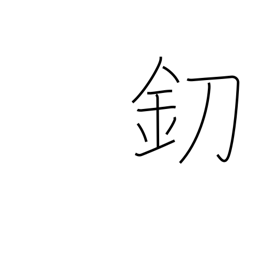
Meaning: knife